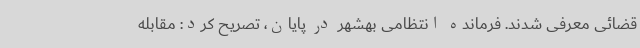
قضائی معرفی شدند. فرمانده انتظامی بهشهر در پایان، تصریح کرد: مقابله